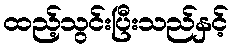
ထည့်သွင်းပြီးသည်နှင့်